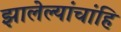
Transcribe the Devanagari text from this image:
झालेल्यांचांहि